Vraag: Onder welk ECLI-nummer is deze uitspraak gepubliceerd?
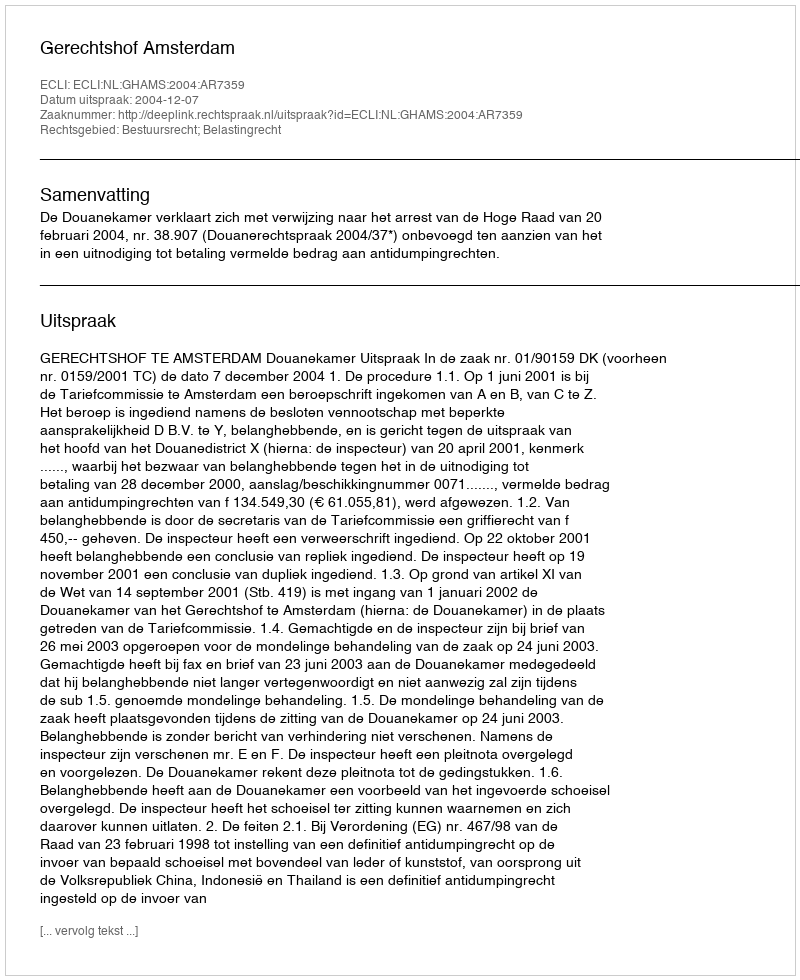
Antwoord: ECLI:NL:GHAMS:2004:AR7359